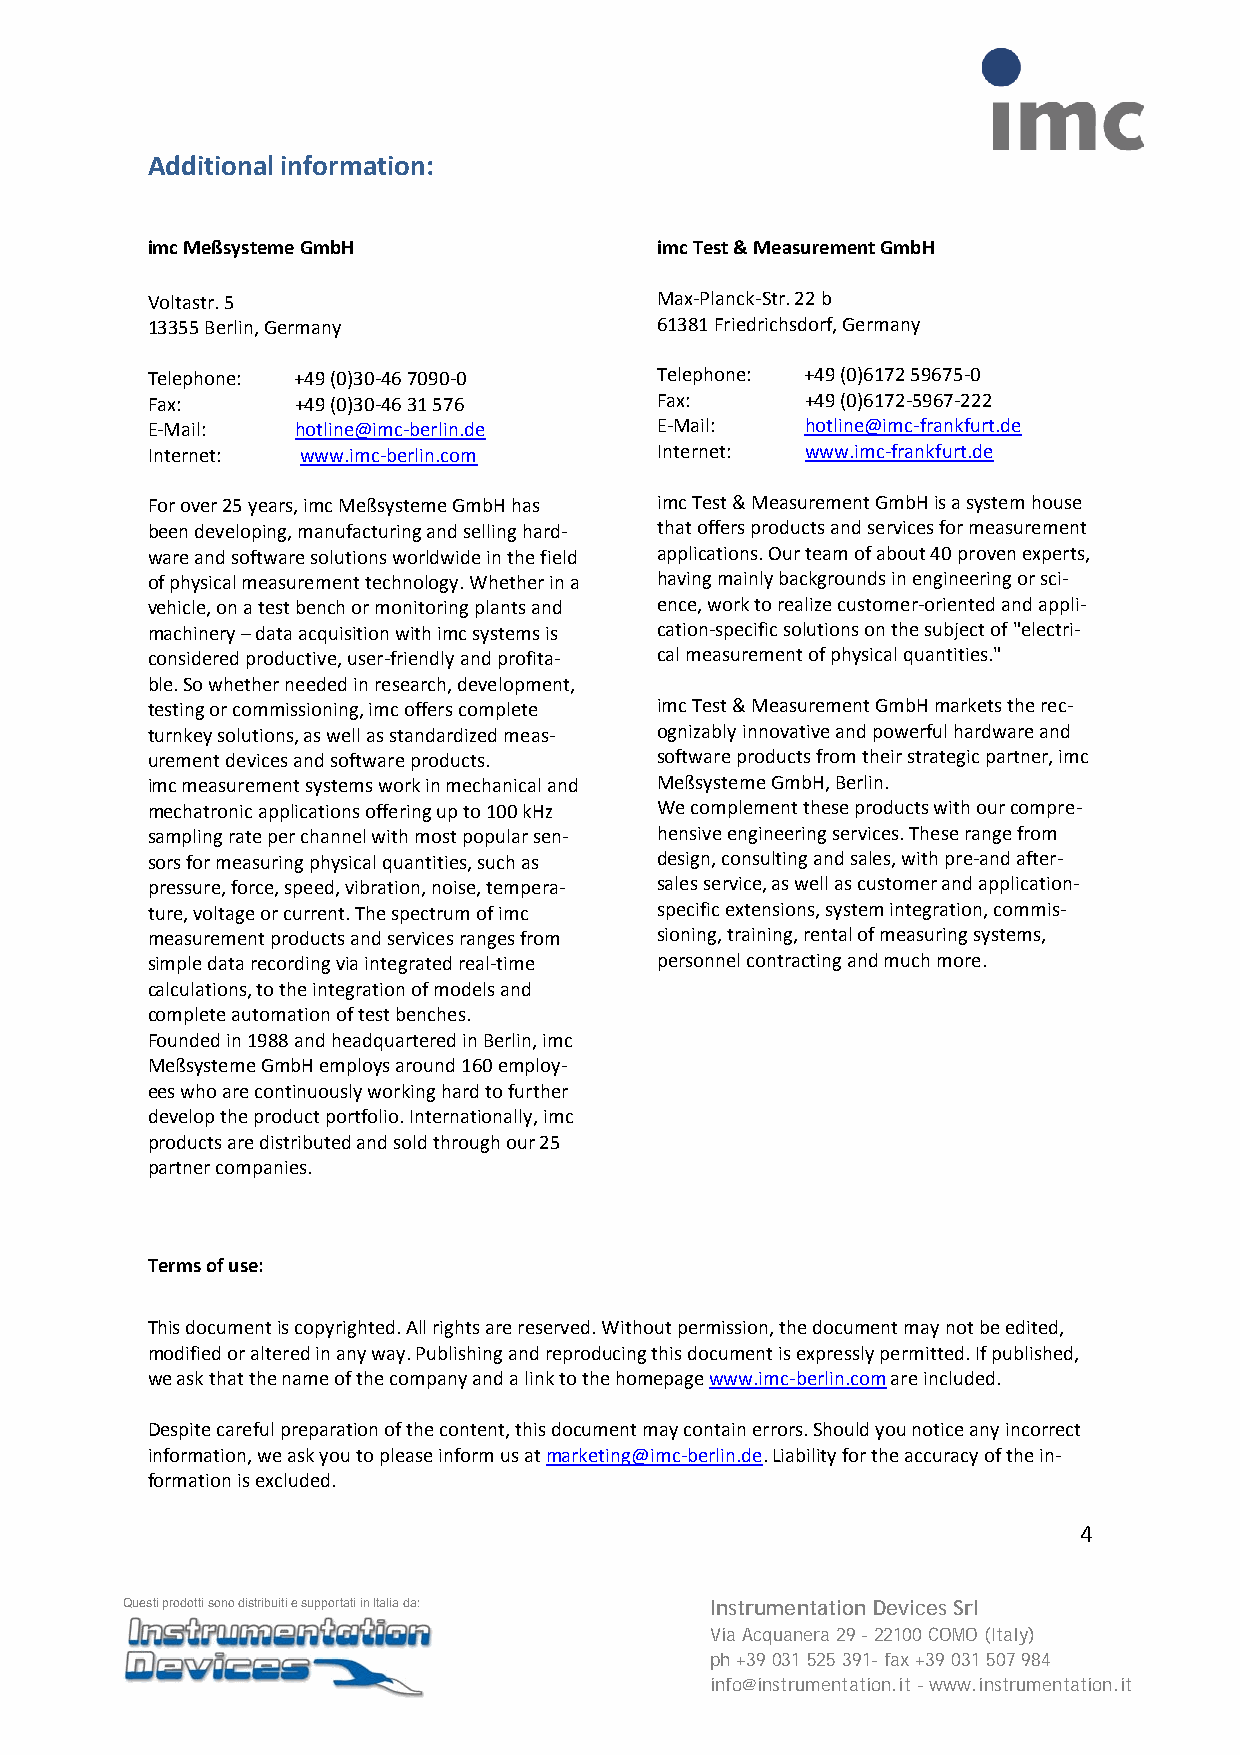
Additional information:
 imc Meßsysteme GmbH              imc Test & Measurement GmbH
 Voltastr. 5                      Max-Planck-Str. 22 b
 13355 Berlin, Germany            61381 Friedrichsdorf, Germany
 Telephone: +49 (0)30-46 7090-0   Telephone: +49 (0)6172 59675-0
 Fax:      +49 (0)30-46 31 576    Fax:      +49 (0)6172-5967-222
 E-Mail:   hotline@imc-berlin.de  E-Mail:   hotline@imc-frankfurt.de
 Internet: www.imc-berlin.com     Internet: www.imc-frankfurt.de
 For over 25 years, imc Meßsysteme GmbH has imc Test & Measurement GmbH is a system house
 been developing, manufacturing and selling hard- that offers products and services for measurement
 ware and software solutions worldwide in the field applications. Our team of about 40 proven experts,
 of physical measurement technology. Whether in a having mainly backgrounds in engineering or sci-
 vehicle, on a test bench or monitoring plants and ence, work to realize customer-oriented and appli-
 machinery – data acquisition with imc systems is cation-specific solutions on the subject of "electri-
 considered productive, user-friendly and profita- cal measurement of physical quantities."
 ble. So whether needed in research, development,
 testing or commissioning, imc offers complete imc Test & Measurement GmbH markets the rec-
 turnkey solutions, as well as standardized meas- ognizably innovative and powerful hardware and
 urement devices and software products. software products from their strategic partner, imc
 imc measurement systems work in mechanical and Meßsysteme GmbH, Berlin.
 mechatronic applications offering up to 100 kHz We complement these products with our compre-
 sampling rate per channel with most popular sen- hensive engineering services. These range from
 sors for measuring physical quantities, such as design, consulting and sales, with pre-and after-
 pressure, force, speed, vibration, noise, tempera- sales service, as well as customer and application-
 ture, voltage or current. The spectrum of imc specific extensions, system integration, commis-
 measurement products and services ranges from sioning, training, rental of measuring systems,
 simple data recording via integrated real-time personnel contracting and much more.
 calculations, to the integration of models and
 complete automation of test benches.
 Founded in 1988 and headquartered in Berlin, imc
 Meßsysteme GmbH employs around 160 employ-
 ees who are continuously working hard to further
 develop the product portfolio. Internationally, imc
 products are distributed and sold through our 25
 partner companies.
 Terms of use:
 This document is copyrighted. All rights are reserved. Without permission, the document may not be edited,
 modified or altered in any way. Publishing and reproducing this document is expressly permitted. If published,
 we ask that the name of the company and a link to the homepage www.imc-berlin.com are included.
 Despite careful preparation of the content, this document may contain errors. Should you notice any incorrect
 information, we ask you to please inform us at marketing@imc-berlin.de. Liability for the accuracy of the in-
 formation is excluded.
 4
 Questi prodotti sono distribuiti e supportati in Italia da: Instrumentation Devices Srl
 Via Acquanera 29 - 22100 COMO (Italy)
 ph +39 031 525 391- fax +39 031 507 984
 info@instrumentation.it - www.instrumentation.it